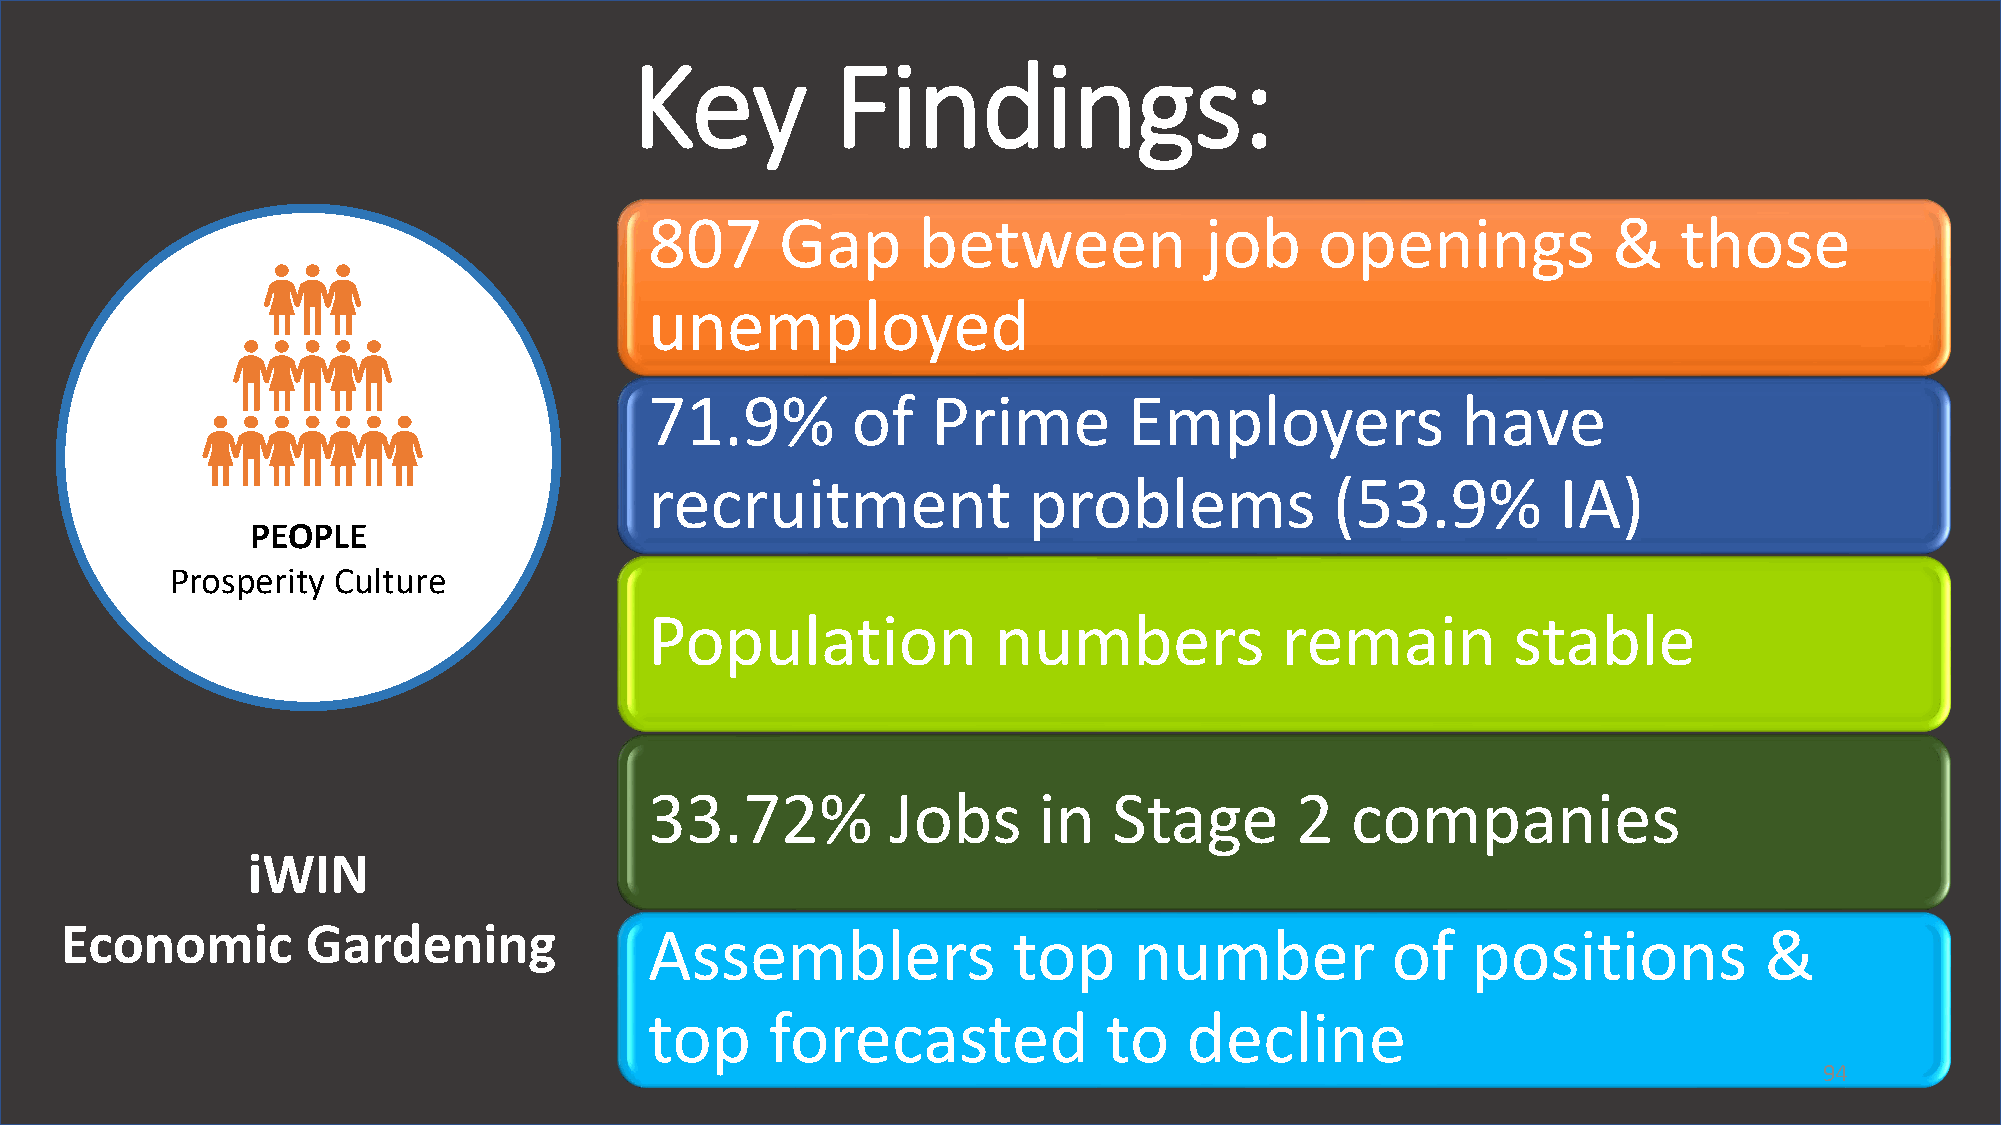
Key          Findings:
 807      Gap      between            job    openings            &   those
 unemployed
 71.9%        of    Prime        Employers             have
 recruitment              problems            (53.9%         IA)
 PEOPLE
 Prosperity Culture
 Population             numbers            remain         stable
 33.72%          Jobs      in   Stage       2  companies
 iWIN
 Economic        Gardening              Assemblers              top     number           of   positions           &
 top     forecasted            to    decline
 94